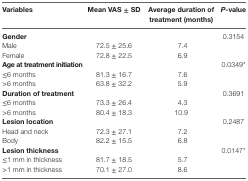
| Variables | Mean VAS ± SD | Average duration of treatment (months) | P-value |
 | --- | --- | --- | --- |
 | Gender |  |  | <ROWSPAN=3> 0.3154 |
 | Male | 72.5 ± 25.6 | 7.4 |
 | Female | 72.8 ± 22.5 | 6.9 |
 | Age at treatment initiation |  |  | <ROWSPAN=3> 0.0349* |
 | ≤6 months | 81.3 ± 16.7 | 7.6 |
 | >6 months | 63.8 ± 32.2 | 5.9 |
 | Duration of treatment |  |  | <ROWSPAN=3> 0.3691 |
 | ≤6 months | 73.3 ± 26.4 | 4.3 |
 | >6 months | 80.4 ± 18.3 | 10.9 |
 | Lesion location |  |  | <ROWSPAN=3> 0.2487 |
 | Head and neck | 72.3 ± 27.1 | 7.2 |
 | Body | 82.2 ± 15.5 | 6.8 |
 | Lesion thickness |  |  | 0.0147* |
 | ≤1 mm in thickness | 81.7 ± 18.5 | 5.7 |  |
 | >1 mm in thickness | 70.1 ± 27.0 | 8.6 |  |